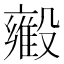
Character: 𬆳